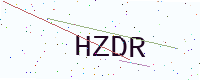
Text: HZDR